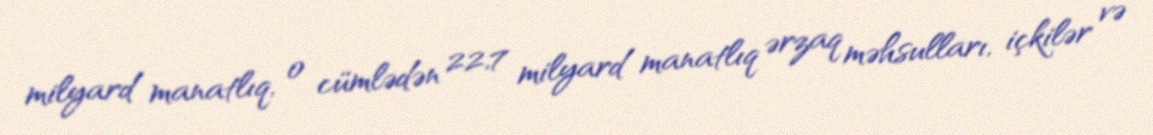
milyard manatlıq, o cümlədən 22,7 milyard manatlıq ərzaq məhsulları, içkilər və